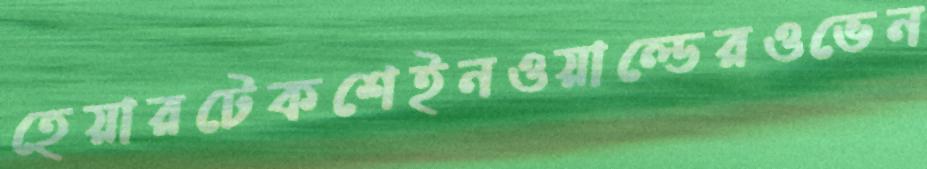
হেয়ারটেকশেইনওয়াল্ডেরওভেন